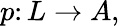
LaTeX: p\colon L\to A,